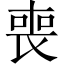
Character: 喪